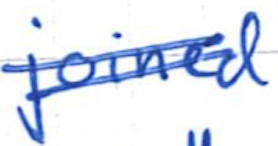
Text: joined
Cross-out: double-line
Writing tool: ballpoint